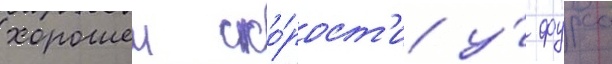
хорошеи ско́рост'и у́ фурса